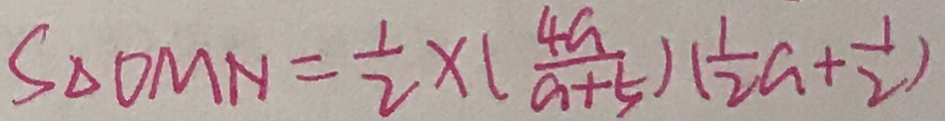
S _ { \Delta O M N } = \frac { 1 } { 2 } \times ( \frac { 4 a } { a + 5 } ) ( \frac { 1 } { 2 } a + \frac { 1 } { 2 } )